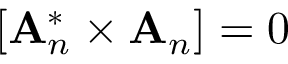
\left[ { \bf A } _ { n } ^ { * } \times { \bf A } _ { n } \right] = 0